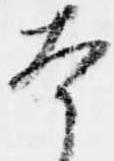
本